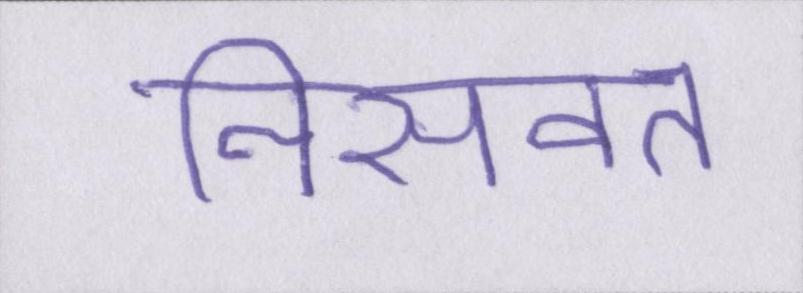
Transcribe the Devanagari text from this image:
निसवत